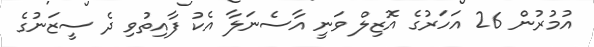
އުމުރުން 26 އަހަރުގެ އޮޒިލް ވަނީ އާސެނަލާ އެކު ފާއިތުވި ދެ ސީޒަނުގެ